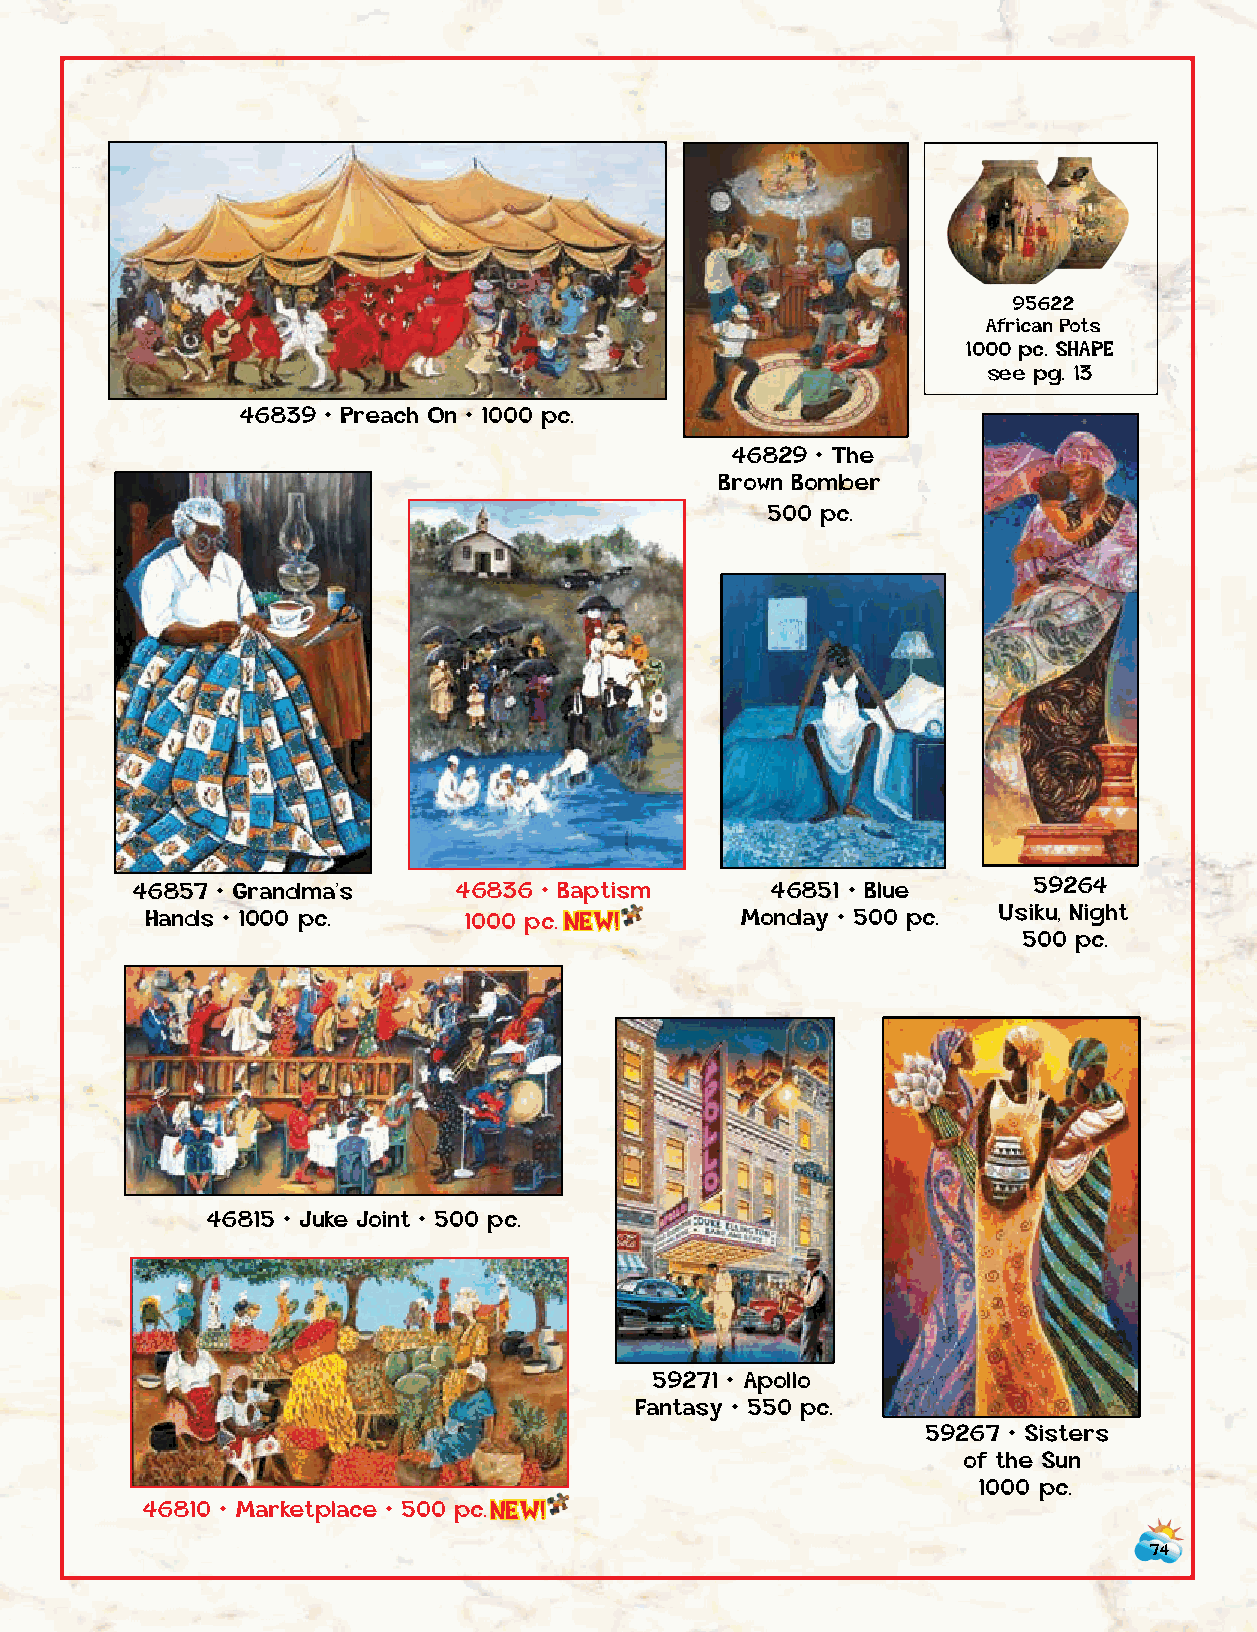
95622
 African Pots
 1000 pc. SHAPE
 see pg. 13
 57832 • Getting Her Groove
 Back • 500 pc.  46839 • Preach On • 1000 pc.
 46829 • The
 Brown Bomber
 500 pc.
 46857 • Grandma’s    46836 • Baptism      46851 • Blue     59264
 Han d s • 1 0 0 0 p c . 1000 p c . N E W ! Monday • 500 pc. Usiku, Night
 500 pc.
 39365 • Society Masks
 1000 pc.
 46815 • Juke Joint • 500 pc.
 59271 • Apollo
 Fantasy • 550 pc.
 39460 • The Quilter                                          59267 • Sisters
 1000 pc.                                                        of the Sun
 1000 pc.
 46810 • Marketplace • 500 p c . NEW!
 74